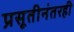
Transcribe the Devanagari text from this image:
प्रसूतीनंतरही